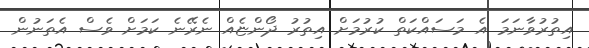
އިތުރުވާނަމަ އެ މަސައްކަތް ކުރުމަށް އިތުރު ދޯންޏެއް ނެރޭނެ ކަމަށް ވެސް އެތަނުން